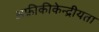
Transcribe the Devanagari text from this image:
अफ्रीकीकेन्द्रीयता